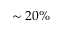
\sim 2 0 \%